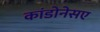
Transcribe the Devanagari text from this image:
कांडोनेसए